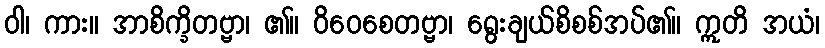
ဝါ၊ ကား။ အာစိက္ခိတဗ္ဗာ၊ ၏။ ဝိဝေစေတဗ္ဗာ၊ ရွေးချယ်စိစစ်အပ်၏။ ဣတိ အယံ၊